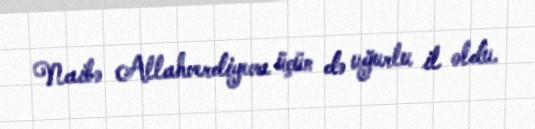
Naibə Allahverdiyeva üçün də uğurlu il oldu.